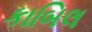
કાબિલ